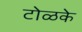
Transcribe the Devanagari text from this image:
टोळके